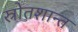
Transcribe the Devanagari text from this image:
स्रोतशान्त